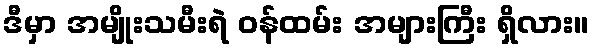
ဒီမှာ အမျိုးသမီးရဲ ဝန်ထမ်း အများကြီး ရှိလား။